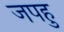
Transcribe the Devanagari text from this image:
जपहु